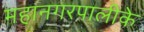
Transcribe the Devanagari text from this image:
महानगरपालीके